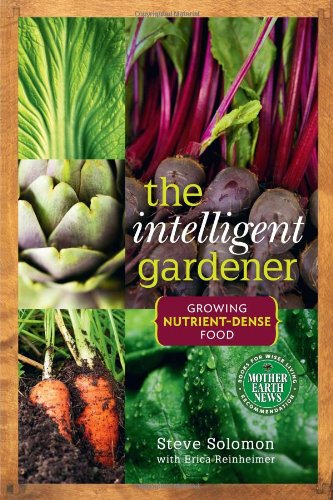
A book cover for The Intelligent Gardener: Growing Nutrient Dense Food; Steve Solomon; Crafts, Hobbies & Home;